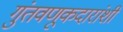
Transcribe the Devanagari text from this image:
गुंतवणूकदारांशी